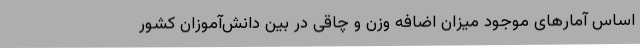
اساس آمارهای موجود میزان اضافه وزن و چاقی در بین دانش‌آموزان کشور